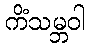
ကိံသမ္ဘဝါ